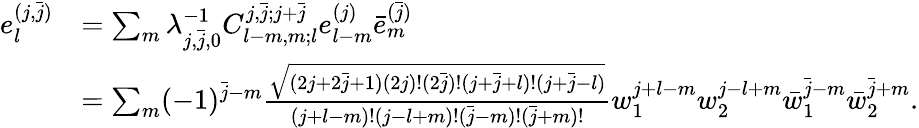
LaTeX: \begin{array}{rl}{e_{l}^{(j,\bar{j})}}&{=\sum_{m}\lambda_{j,\bar{j},0}^{-1}C_{l-m,m;l}^{j,\bar{j};j+\bar{j}}e_{l-m}^{(j)}\bar{e}_{m}^{(\bar{j})}}\\ &{=\sum_{m}(-1)^{\bar{j}-m}\frac{\sqrt{(2j+2\bar{j}+1)(2j)!(2\bar{j})!(j+\bar{j}+l)!(j+\bar{j}-l)}}{(j+l-m)!(j-l+m)!(\bar{j}-m)!(\bar{j}+m)!}w_{1}^{j+l-m}w_{2}^{j-l+m}\bar{w}_{1}^{\bar{j}-m}\bar{w}_{2}^{\bar{j}+m}.}\end{array}